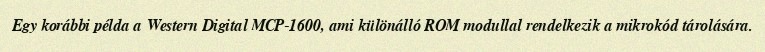
Egy korábbi példa a Western Digital MCP-1600, ami különálló ROM modullal rendelkezik a mikrokód tárolására.